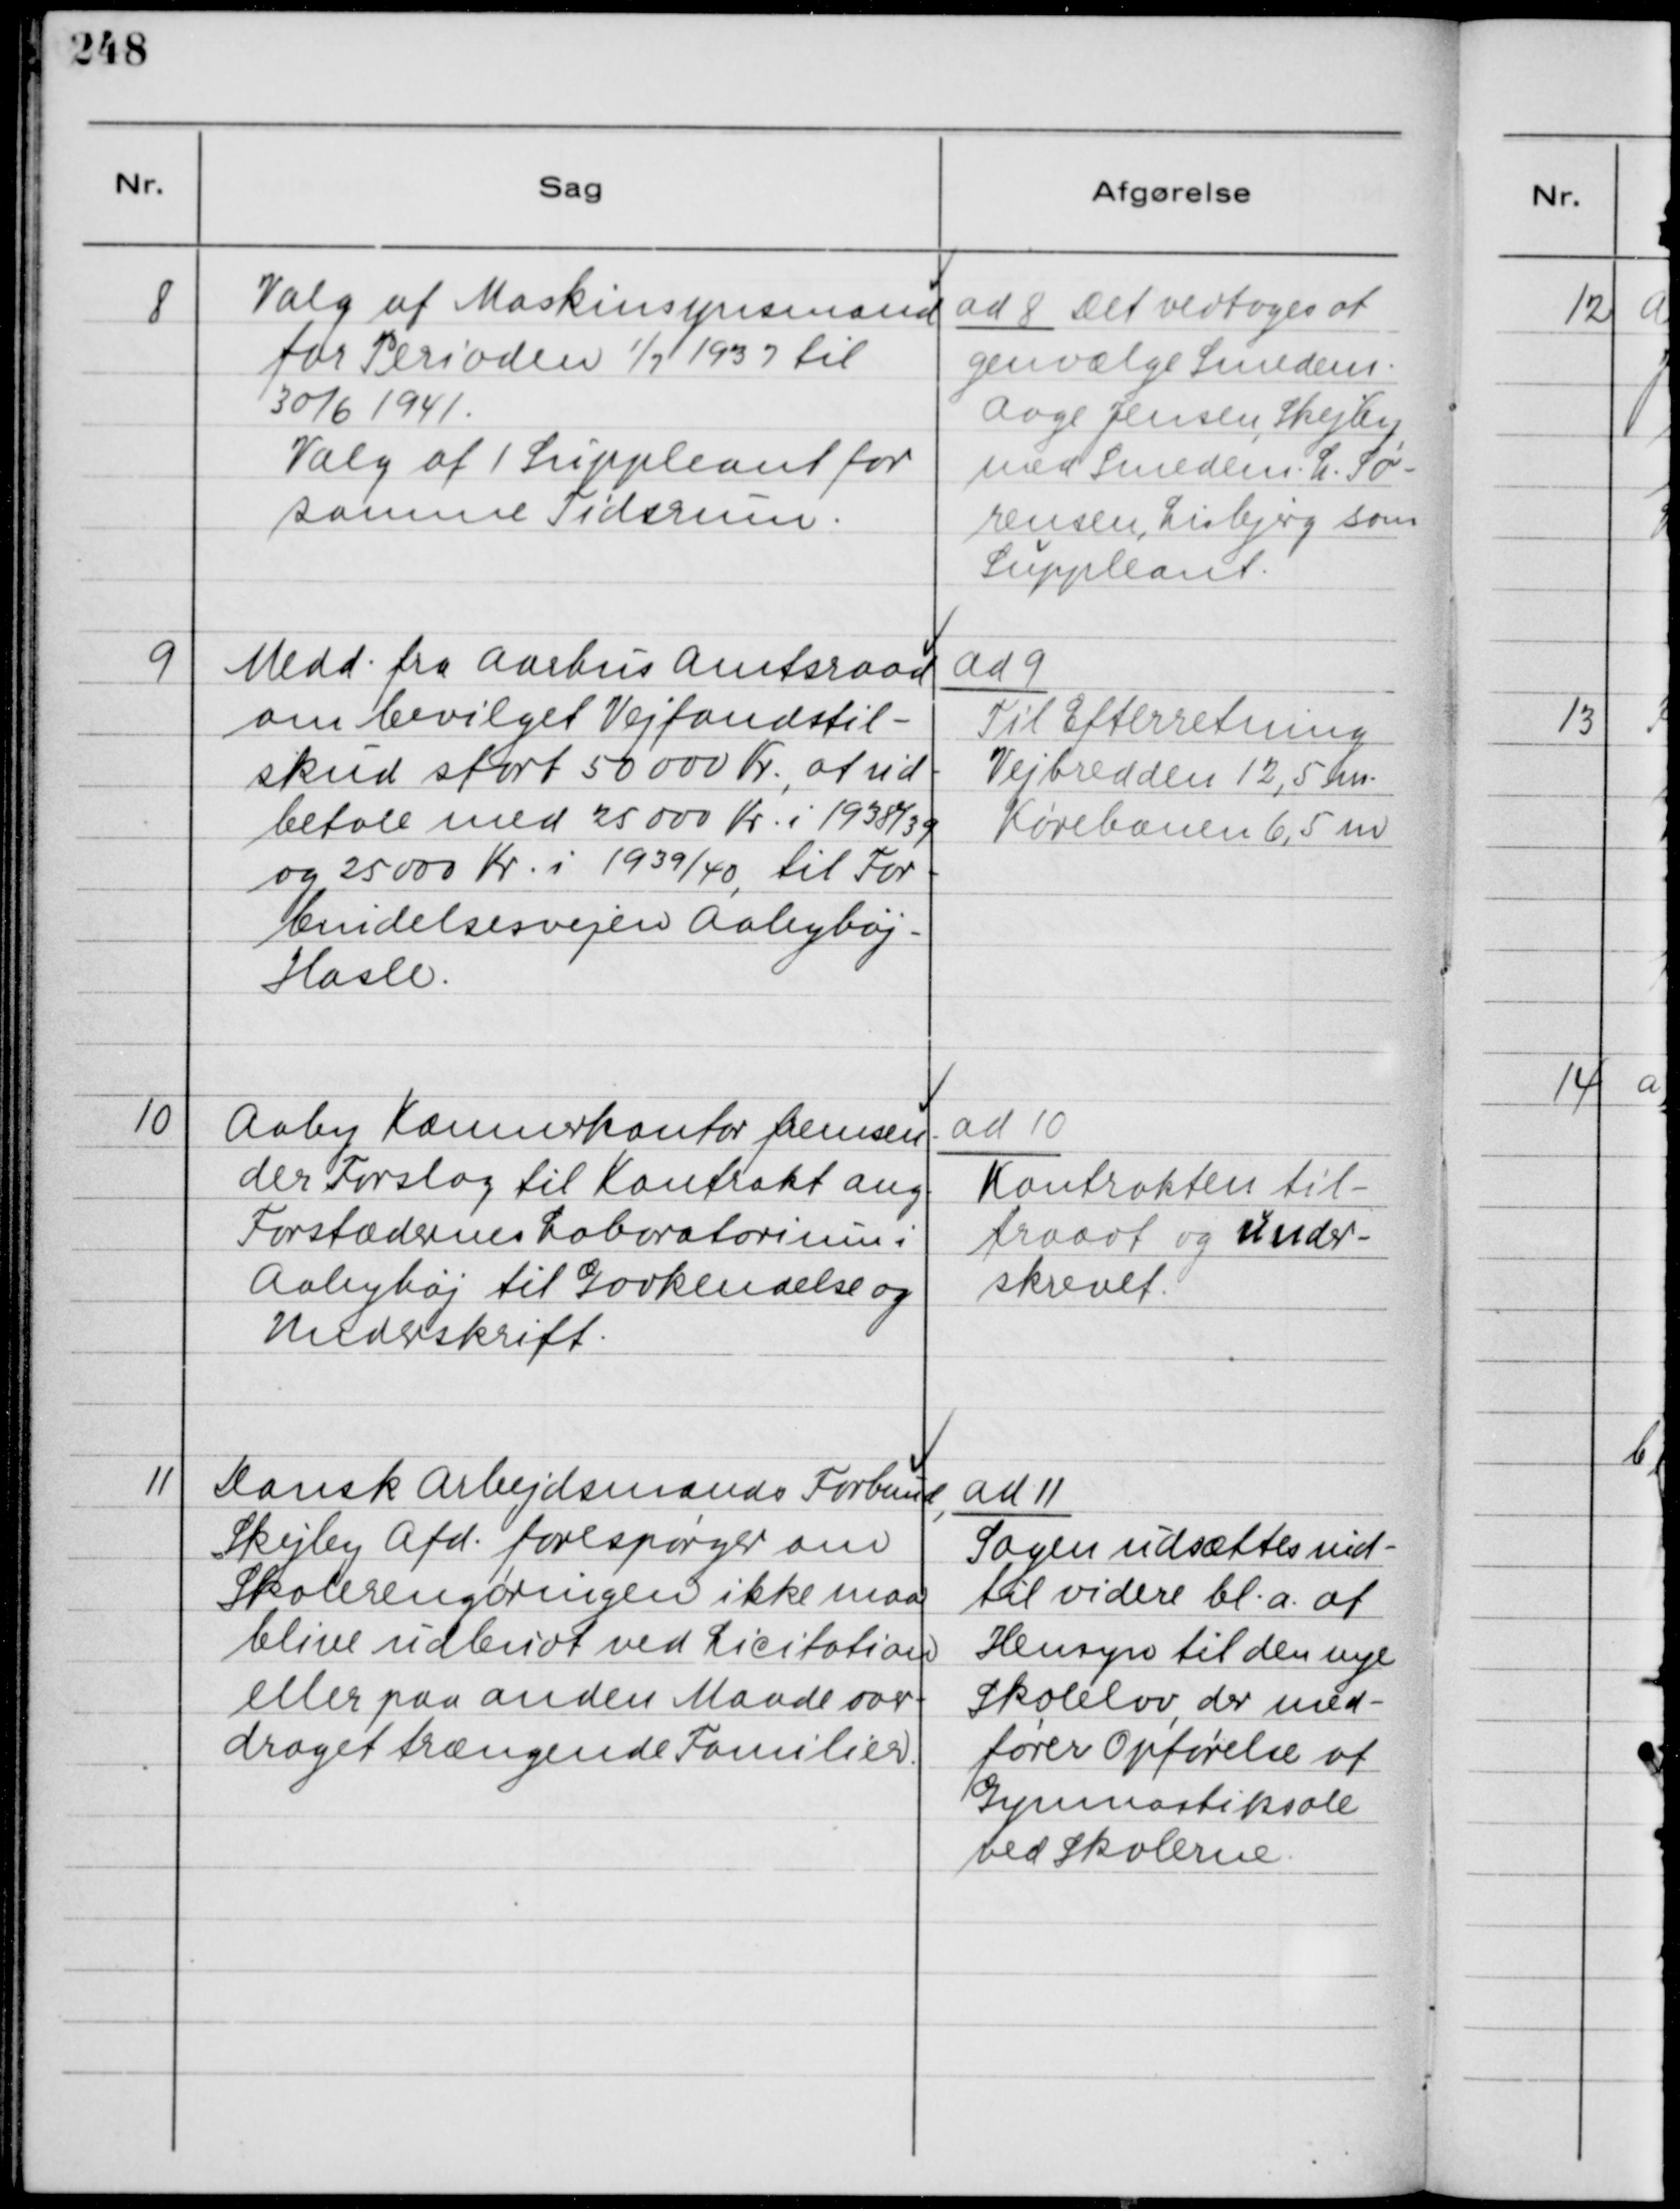
Transskription:
8
Valg af Maskinsynsmand
for Perioden
1
/7 1937 til
30/6 1941.
Valg af Suppleant for
samme Tidsrum.

ad 8 Det vedtoges at
genvælge Smeden.
Aage Jensen, Skejby
med Smeden. L. Sø-
rensen, Lisbjeg som
Suppleant.

9
Medd. fra Aarhus Amtsraad
om bevilget Vejfondstil-
skud stort 50000 Kr., og ud-
betale med 25000 Kr. i 1938/39
og 25000 Kr. i 1939/40, til For-
bindelsesvejen Aabyhøj -
Hasle.

ad 9
Til Efterretning
Vejbredden 12,5 m.
Kørebanen 6,5 m

10
Aaby Kæmnerkontor fremsen-
der Forslag til Kontrakt ang.
Forstædernes Laboratorium i
Aabyhøj til Godkendelse og
Underskrift.

ad 10
Kontrakten til-
traadt og Under-
skrevet.

11
Dansk Arbejdsmands Forbund,
Skejlen Afd. forespørger om
Skolerengøringen ikke maa
blive udbudt ved Licitation
eller paa anden Maade over-
draget trængende Familier.

ad 11
Sagen udsættes ind-
til videre bl.a. af
Hensyn til den nye
Skolelov, der med-
fører Opførelse af
Gymnastiksale
ved Skolerne.